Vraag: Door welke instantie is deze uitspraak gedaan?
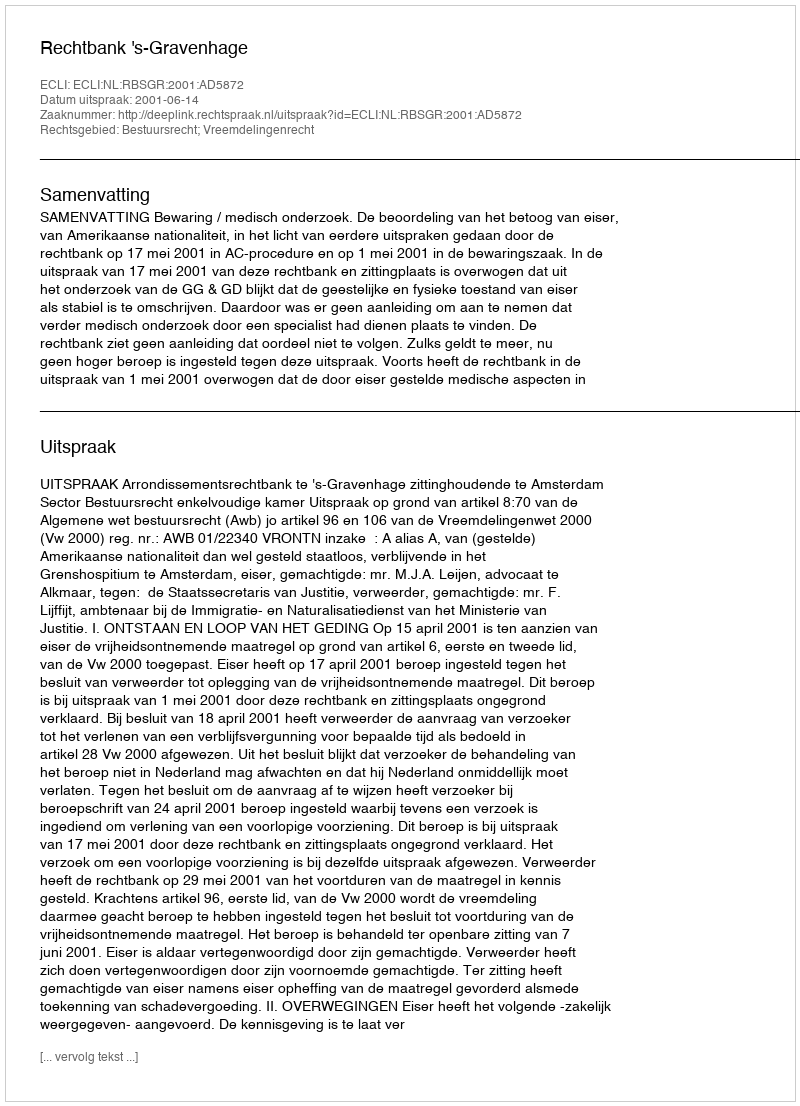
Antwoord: Rechtbank 's-Gravenhage